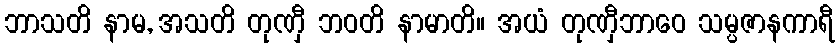
ဘာသတိ နာမ, အသတိ တုဏှီ ဘဝတိ နာမာတိ။ အယံ တုဏှီဘာဝေ သမ္ပဇာနကာရီ